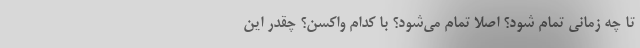
تا چه زمانی تمام شود؟ اصلاً تمام می‌شود؟ با کدام واکسن؟ چقدر این